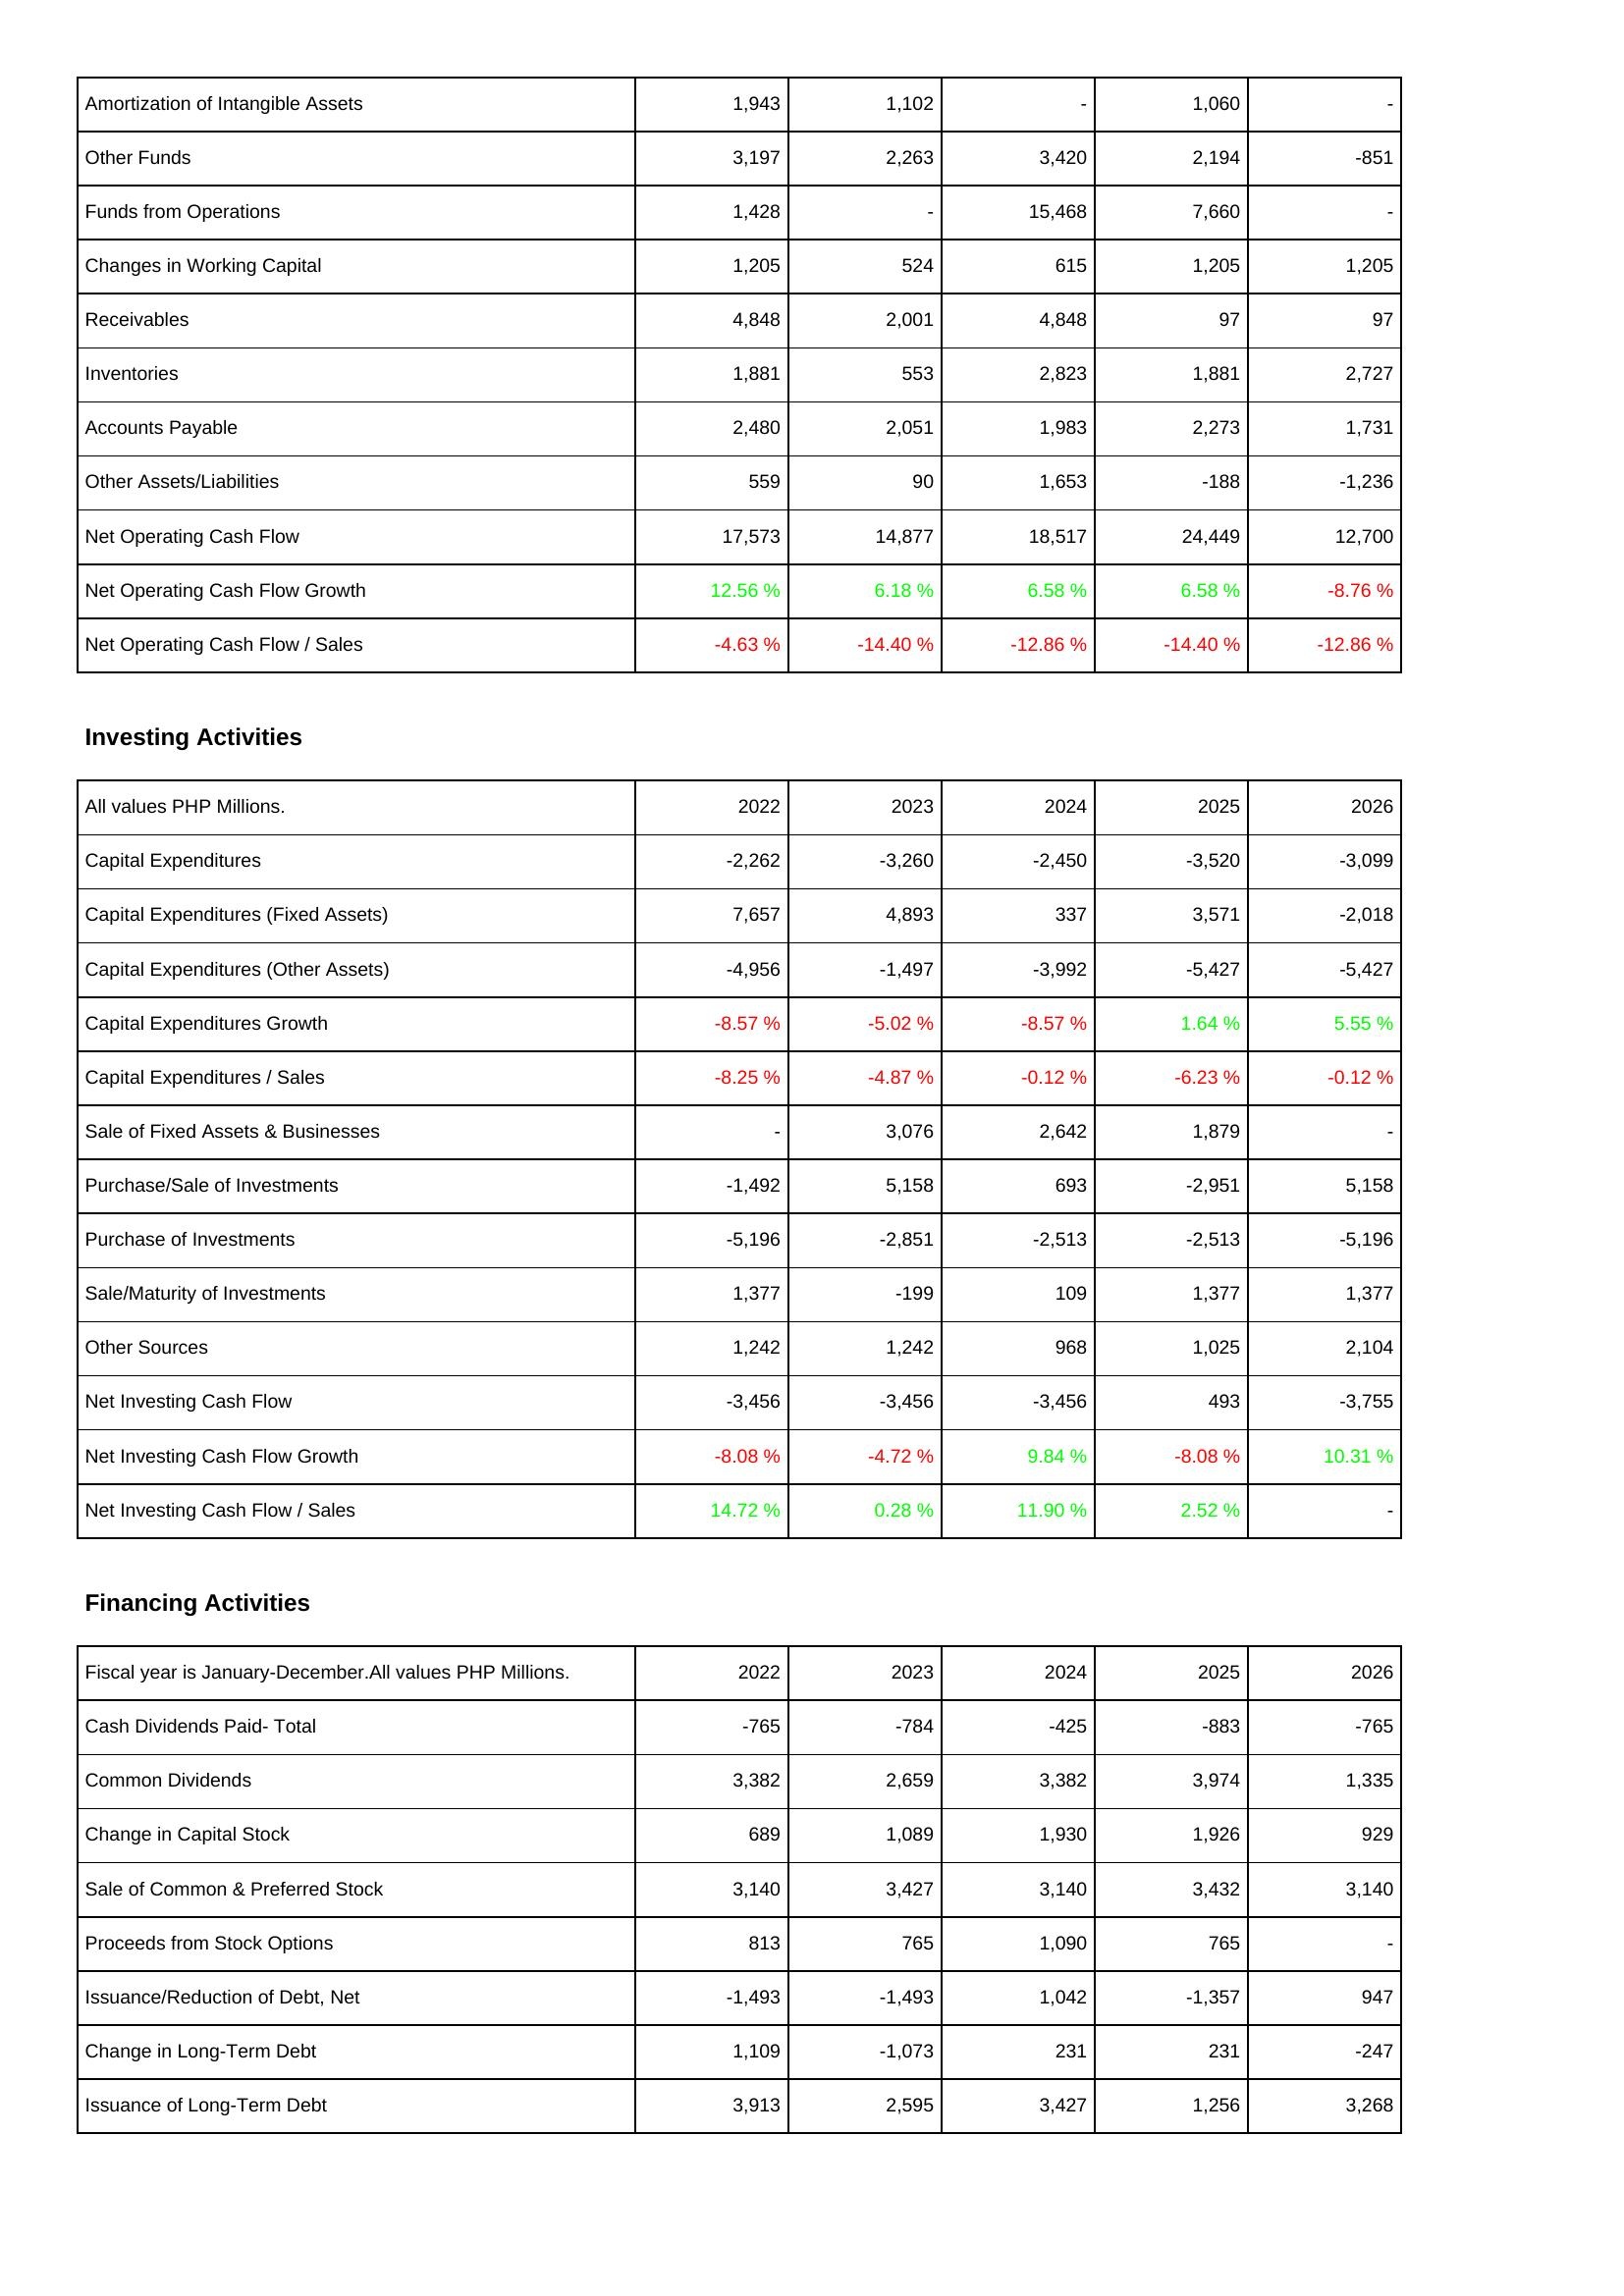
2022: Operating Activities: Amortization of Intangible Assets: 1,943
Other Funds: 3,197
Funds from Operations: 1,428
Changes in Working Capital: 1,205
Receivables: 4,848
Inventories: 1,881
Accounts Payable: 2,480
Other Assets/Liabilities: 559
Net Operating Cash Flow: 17,573
Net Operating Cash Flow Growth: 12.56 %
Net Operating Cash Flow / Sales: -4.63 %
Investing Activities: Capital Expenditures: -2,262
Capital Expenditures (Fixed Assets): 7,657
Capital Expenditures (Other Assets): -4,956
Capital Expenditures Growth: -8.57 %
Capital Expenditures / Sales: -8.25 %
Sale of Fixed Assets & Businesses: -
Purchase/Sale of Investments: -1,492
Purchase of Investments: -5,196
Sale/Maturity of Investments: 1,377
Other Sources: 1,242
Net Investing Cash Flow: -3,456
Net Investing Cash Flow Growth: -8.08 %
Net Investing Cash Flow / Sales: 14.72 %
Financing Activities: Cash Dividends Paid- Total: -765
Common Dividends: 3,382
Change in Capital Stock: 689
Sale of Common & Preferred Stock: 3,140
Proceeds from Stock Options: 813
Issuance/Reduction of Debt, Net: -1,493
Change in Long-Term Debt: 1,109
Issuance of Long-Term Debt: 3,913
2023: Operating Activities: Amortization of Intangible Assets: 1,102
Other Funds: 2,263
Funds from Operations: -
Changes in Working Capital: 524
Receivables: 2,001
Inventories: 553
Accounts Payable: 2,051
Other Assets/Liabilities: 90
Net Operating Cash Flow: 14,877
Net Operating Cash Flow Growth: 6.18 %
Net Operating Cash Flow / Sales: -14.40 %
Investing Activities: Capital Expenditures: -3,260
Capital Expenditures (Fixed Assets): 4,893
Capital Expenditures (Other Assets): -1,497
Capital Expenditures Growth: -5.02 %
Capital Expenditures / Sales: -4.87 %
Sale of Fixed Assets & Businesses: 3,076
Purchase/Sale of Investments: 5,158
Purchase of Investments: -2,851
Sale/Maturity of Investments: -199
Other Sources: 1,242
Net Investing Cash Flow: -3,456
Net Investing Cash Flow Growth: -4.72 %
Net Investing Cash Flow / Sales: 0.28 %
Financing Activities: Cash Dividends Paid- Total: -784
Common Dividends: 2,659
Change in Capital Stock: 1,089
Sale of Common & Preferred Stock: 3,427
Proceeds from Stock Options: 765
Issuance/Reduction of Debt, Net: -1,493
Change in Long-Term Debt: -1,073
Issuance of Long-Term Debt: 2,595
2024: Operating Activities: Amortization of Intangible Assets: -
Other Funds: 3,420
Funds from Operations: 15,468
Changes in Working Capital: 615
Receivables: 4,848
Inventories: 2,823
Accounts Payable: 1,983
Other Assets/Liabilities: 1,653
Net Operating Cash Flow: 18,517
Net Operating Cash Flow Growth: 6.58 %
Net Operating Cash Flow / Sales: -12.86 %
Investing Activities: Capital Expenditures: -2,450
Capital Expenditures (Fixed Assets): 337
Capital Expenditures (Other Assets): -3,992
Capital Expenditures Growth: -8.57 %
Capital Expenditures / Sales: -0.12 %
Sale of Fixed Assets & Businesses: 2,642
Purchase/Sale of Investments: 693
Purchase of Investments: -2,513
Sale/Maturity of Investments: 109
Other Sources: 968
Net Investing Cash Flow: -3,456
Net Investing Cash Flow Growth: 9.84 %
Net Investing Cash Flow / Sales: 11.90 %
Financing Activities: Cash Dividends Paid- Total: -425
Common Dividends: 3,382
Change in Capital Stock: 1,930
Sale of Common & Preferred Stock: 3,140
Proceeds from Stock Options: 1,090
Issuance/Reduction of Debt, Net: 1,042
Change in Long-Term Debt: 231
Issuance of Long-Term Debt: 3,427
2025: Operating Activities: Amortization of Intangible Assets: 1,060
Other Funds: 2,194
Funds from Operations: 7,660
Changes in Working Capital: 1,205
Receivables: 97
Inventories: 1,881
Accounts Payable: 2,273
Other Assets/Liabilities: -188
Net Operating Cash Flow: 24,449
Net Operating Cash Flow Growth: 6.58 %
Net Operating Cash Flow / Sales: -14.40 %
Investing Activities: Capital Expenditures: -3,520
Capital Expenditures (Fixed Assets): 3,571
Capital Expenditures (Other Assets): -5,427
Capital Expenditures Growth: 1.64 %
Capital Expenditures / Sales: -6.23 %
Sale of Fixed Assets & Businesses: 1,879
Purchase/Sale of Investments: -2,951
Purchase of Investments: -2,513
Sale/Maturity of Investments: 1,377
Other Sources: 1,025
Net Investing Cash Flow: 493
Net Investing Cash Flow Growth: -8.08 %
Net Investing Cash Flow / Sales: 2.52 %
Financing Activities: Cash Dividends Paid- Total: -883
Common Dividends: 3,974
Change in Capital Stock: 1,926
Sale of Common & Preferred Stock: 3,432
Proceeds from Stock Options: 765
Issuance/Reduction of Debt, Net: -1,357
Change in Long-Term Debt: 231
Issuance of Long-Term Debt: 1,256
2026: Operating Activities: Amortization of Intangible Assets: -
Other Funds: -851
Funds from Operations: -
Changes in Working Capital: 1,205
Receivables: 97
Inventories: 2,727
Accounts Payable: 1,731
Other Assets/Liabilities: -1,236
Net Operating Cash Flow: 12,700
Net Operating Cash Flow Growth: -8.76 %
Net Operating Cash Flow / Sales: -12.86 %
Investing Activities: Capital Expenditures: -3,099
Capital Expenditures (Fixed Assets): -2,018
Capital Expenditures (Other Assets): -5,427
Capital Expenditures Growth: 5.55 %
Capital Expenditures / Sales: -0.12 %
Sale of Fixed Assets & Businesses: -
Purchase/Sale of Investments: 5,158
Purchase of Investments: -5,196
Sale/Maturity of Investments: 1,377
Other Sources: 2,104
Net Investing Cash Flow: -3,755
Net Investing Cash Flow Growth: 10.31 %
Net Investing Cash Flow / Sales: -
Financing Activities: Cash Dividends Paid- Total: -765
Common Dividends: 1,335
Change in Capital Stock: 929
Sale of Common & Preferred Stock: 3,140
Proceeds from Stock Options: -
Issuance/Reduction of Debt, Net: 947
Change in Long-Term Debt: -247
Issuance of Long-Term Debt: 3,268